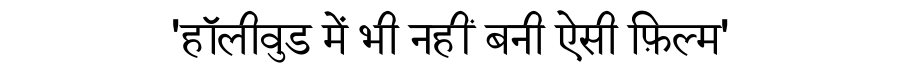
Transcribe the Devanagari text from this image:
'हॉलीवुड में भी नहीं बनी ऐसी फ़िल्म'